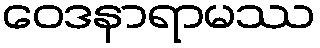
ဝေဒနာရာမဿ